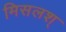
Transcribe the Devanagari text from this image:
मिसलश्